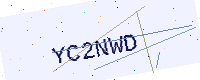
Text: YC2NWD